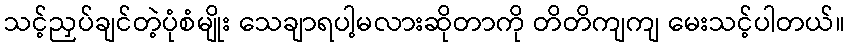
သင့်ညှပ်ချင်တဲ့ပုံစံမျိုး သေချာရပါ့မလားဆိုတာကို တိတိကျကျ မေးသင့်ပါတယ်။